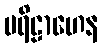
ပရိဠာဟေန